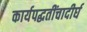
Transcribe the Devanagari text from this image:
कार्यपद्धतींचादीर्घ